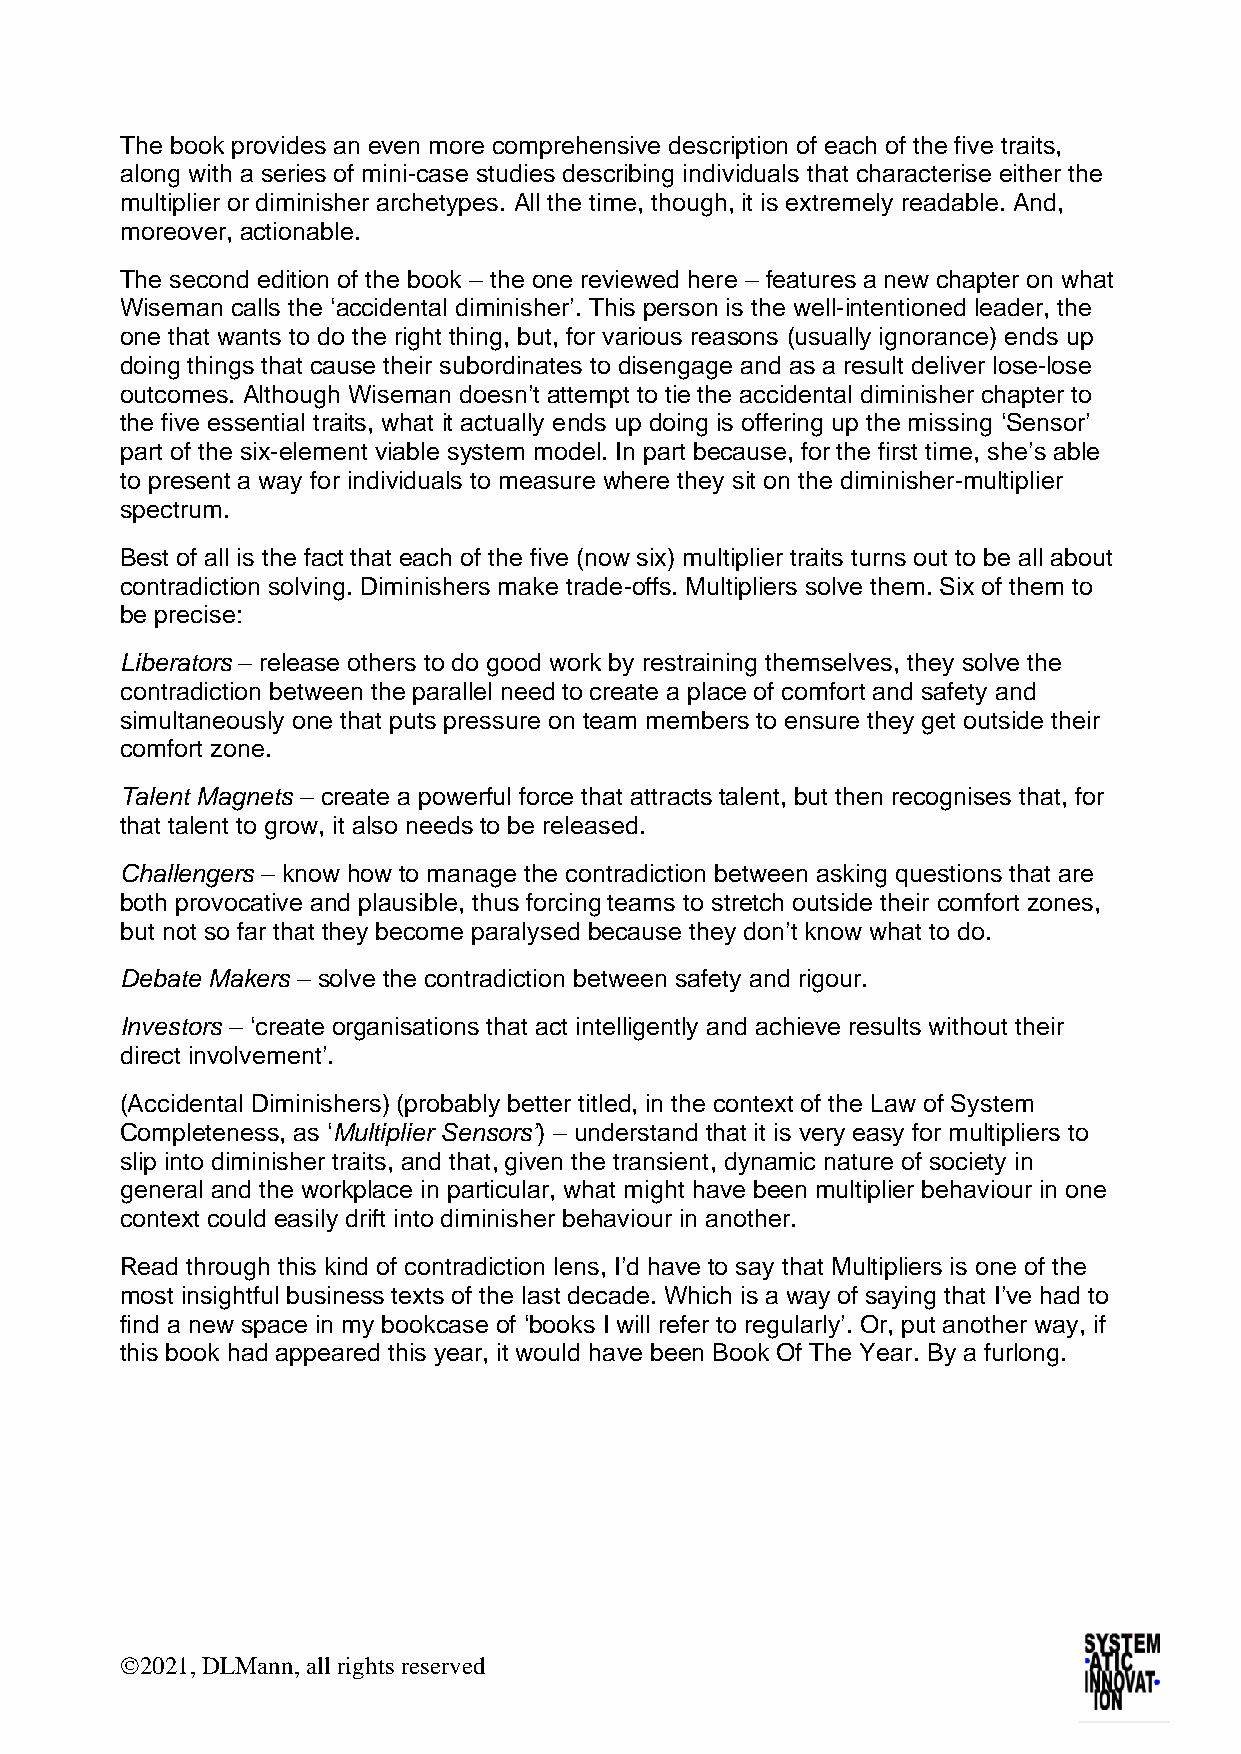
The book provides an even more comprehensive description of each of the five traits,
 along with a series of mini-case studies describing individuals that characterise either the
 multiplier or diminisher archetypes. All the time, though, it is extremely readable. And,
 moreover, actionable.
 The second edition of the book – the one reviewed here – features a new chapter on what
 Wiseman calls the ‘accidental diminisher’. This person is the well-intentioned leader, the
 one that wants to do the right thing, but, for various reasons (usually ignorance) ends up
 doing things that cause their subordinates to disengage and as a result deliver lose-lose
 outcomes. Although Wiseman doesn’t attempt to tie the accidental diminisher chapter to
 the five essential traits, what it actually ends up doing is offering up the missing ‘Sensor’
 part of the six-element viable system model. In part because, for the first time, she’s able
 to present a way for individuals to measure where they sit on the diminisher-multiplier
 spectrum.
 Best of all is the fact that each of the five (now six) multiplier traits turns out to be all about
 contradiction solving. Diminishers make trade-offs. Multipliers solve them. Six of them to
 be precise:
 Liberators – release others to do good work by restraining themselves, they solve the
 contradiction between the parallel need to create a place of comfort and safety and
 simultaneously one that puts pressure on team members to ensure they get outside their
 comfort zone.
 Talent Magnets – create a powerful force that attracts talent, but then recognises that, for
 that talent to grow, it also needs to be released.
 Challengers – know how to manage the contradiction between asking questions that are
 both provocative and plausible, thus forcing teams to stretch outside their comfort zones,
 but not so far that they become paralysed because they don’t know what to do.
 Debate Makers – solve the contradiction between safety and rigour.
 Investors – ‘create organisations that act intelligently and achieve results without their
 direct involvement’.
 (Accidental Diminishers) (probably better titled, in the context of the Law of System
 Completeness, as ‘Multiplier Sensors’) – understand that it is very easy for multipliers to
 slip into diminisher traits, and that, given the transient, dynamic nature of society in
 general and the workplace in particular, what might have been multiplier behaviour in one
 context could easily drift into diminisher behaviour in another.
 Read through this kind of contradiction lens, I’d have to say that Multipliers is one of the
 most insightful business texts of the last decade. Which is a way of saying that I’ve had to
 find a new space in my bookcase of ‘books I will refer to regularly’. Or, put another way, if
 this book had appeared this year, it would have been Book Of The Year. By a furlong.
 ©2021, DLMann, all rights reserved